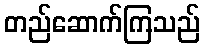
တည်ဆောက်ကြသည်